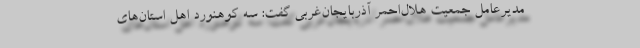
مدیرعامل جمعیت هلال‌احمر آذربایجان‌غربی گفت: سه کوهنورد اهل استان‌های